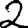
Digit: 2